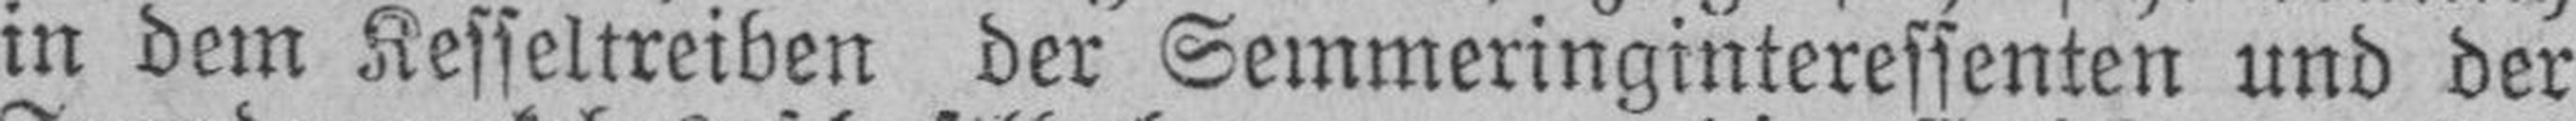
in dem Kesseltreiben der Semmeringinteressenten und der